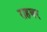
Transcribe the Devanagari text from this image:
राहबर